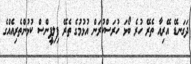
ދަގަނޑޭ އޭރިއާ ތެރޭ ހުރެ ބޯޅަ ހުރަސްކުރަން އުޅުމުގެ ތެރޭ ފިލިޕީންސް ކުޅުންތެރިއެއްގެ